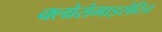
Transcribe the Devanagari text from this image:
क्लोरोमाइसेटिन